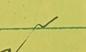
Signature authenticity: genuine